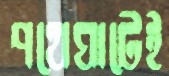
পথেঘাটেই